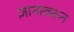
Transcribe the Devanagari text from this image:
ज्ञानावरून